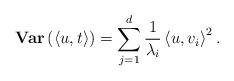
LaTeX: \begin{align*}\mathbf{Var}\left(\left<u,t\right> \right) = \sum_{j=1}^{d} \frac{1}{\lambda_i}\left<u, v_i \right>^2. \end{align*}